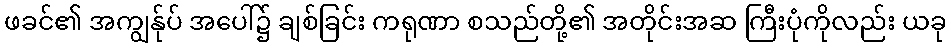
ဖခင်၏ အကျွန်ုပ် အပေါ်၌ ချစ်ခြင်း ကရုဏာ စသည်တို့၏ အတိုင်းအဆ ကြီးပုံကိုလည်း ယခု